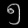
Digit: ၅